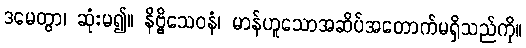
ဒမေတွာ၊ ဆုံးမ၍။ နိဗ္ဗိသေဝနံ၊ မာန်ဟူသောအဆိပ်အတောက်မရှိသည်ကို။